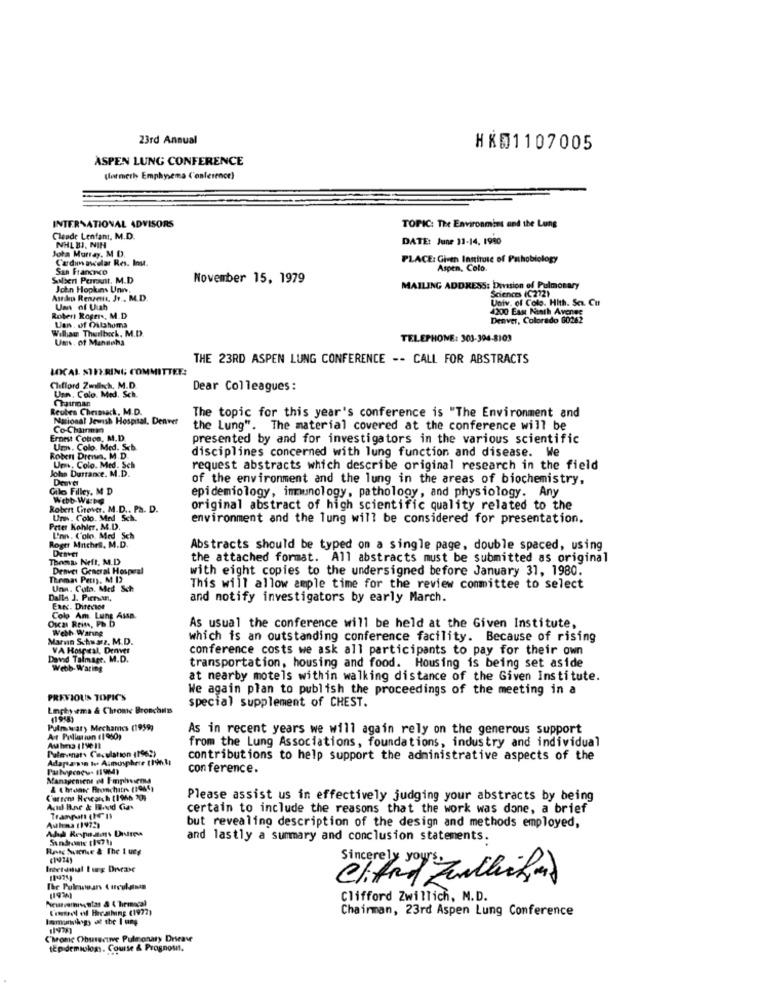
23rd Annual
HXD1107005
ASPEN LUNG CONFERENCE
(ormeris Emphysema Conference)
INTERNATIONAL ADVISORS
TOPIC: The Environmins and the Lung
Claude Lenfant, M.D.
DATE: June 31-14, 1990
NHLBJ, NIN
Joka Murray, M D.
Cardin ascalar Res. Ins.
PLACE: Given Institute of Pathobiology
San Francisco
Aspen, Colo.
Salbert Perrault. M.D
November 15, 1979
John Hopkins Unn,
MAILING ADDRESS: Division of Pulmonary
Sciences (C272)
Astap Renzen, Jo . M.D.
Univ. of Colo. Hith. Sc. Cut
Um of Uish
4200 East Ninth Avenue
Robert Roger ., M.D
Denver, Colorado 60262
Willau Thurlbeck, M.D.
Uans. of Oulahoma
Ums. of Mandaha
TELEPHONE: 303-394-8103
THE 23RD ASPEN LUNG CONFERENCE -- CALL FOR ABSTRACTS
LOCAL STEERING COMMITTEE:
Clifford Zwlisch, M.D.
Usn. Colo. Med. Sch.
Dear Colleagues :
Reubes Chermack, M.D.
National Jewish Hospital, Denver
The topic for this year's conference is "The Environment and
Co-Chairman
the Lung". The material covered at the conference will be
Ernest Cotton, M.D.
presented by and for investigators in the various scientific
Um. Colo. Med. Sch
disciplines concerned with lung function and disease. We
Roben Dress, M.D.
Um, Colo. Med. Sch
John Durrance. M.D.
request abstracts which describe original research in the field
of the environment and the lung in the areas of biochemistry,
Gilo Filley, M D
Webb WEDG
epidemiology, immunology, pathology, and physiology. Any
Robert Chover. M.D ., Ph. D.
original abstract of high scientific quality related to the
Unn, Colo. Med Sch.
environment and the lung will be considered for presentation.
Peter Kahler, M.D.
Unn, C'oin Med Sch
Roger Mitchell, M.D.
DEaver
Abstracts should be typed on a single page, double spaced, using
Thomas Neft, M.D
the attached format. All abstracts must be submitted as original
Denver General Hospeal
with eight copies to the undersigned before January 31, 1980.
Thomas Perry, M I)
Una. Cuta. Med Sch
This will allow ample time for the review committee to select
Dalla J. Piersan,
and notify investigators by early March.
Exxx. Direcion
Osas Rein, Pb.D
Colo Am Lung Assa.
Weth Waring
As usual the conference will be held at the Given Institute,
Marin Schwarz. M.D.
which is an outstanding conference facility. Because of rising
VA Hospital, Denver
conference costs we ask all participants to pay for their own
David Talmage. M.D.
Webb- Waring
transportation, housing and food. Housing is being set aside
at nearby motels within walking distance of the Given Institute.
We again plan to publish the proceedings of the meeting in a
PREVIOUS TOPIC'S
Lnphysema & Chrome Bronchils
special supplement of CHEST.
(1958)
Pulm wary Mechames (19597
As in recent years we will again rely on the generous support
Air Pollution (1960)
from the Lung Associations, foundations, industry and individual
Auhes 1 19011
Pulevanats Ceculation (1962)
Adaptanin Is Atmosphere t19hli
contributions to help support the administrative aspects of the
con ference.
Management et Implicou
& t honte Bronchite (1985)
Current Research [1966 30;
Please assist us in effectively judging your abstracts by being
Acid Bne & Hood Gas
certain to include the reasons that the work was done, a brief
Tranpan (In
but revealing description of the design and methods employed,
and lastly a summary and conclusion statements.
Rang Sunne & The 1 ung
(1974)
Interanual I ug Drvcase
Sincerely yours
Clifad Junchiha)
Ihr Pulmonars & uculaista
Clifford Zwillich, M.D.
Kreol of Breathing (1977)
Chairman, 23rd Aspen Lung Conference
11978)
Chrome Obuserunve Pulmonary Drieave
tEpidemiology, Course & Prognost.